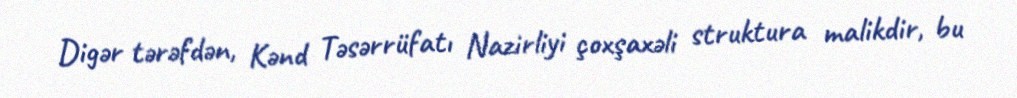
Digər tərəfdən, Kənd Təsərrüfatı Nazirliyi çoxşaxəli struktura malikdir, bu